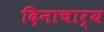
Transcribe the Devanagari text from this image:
दिनाचार्य